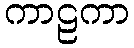
ကာဠကာ